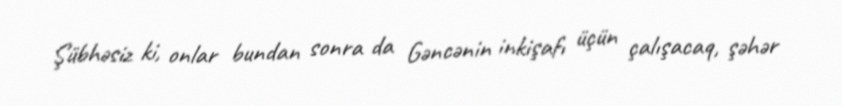
Şübhəsiz ki, onlar bundan sonra da Gəncənin inkişafı üçün çalışacaq, şəhər